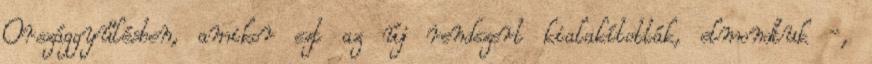
Országgyűlésben, amikor ezt az új rendszert kialakították, elmondtuk -,